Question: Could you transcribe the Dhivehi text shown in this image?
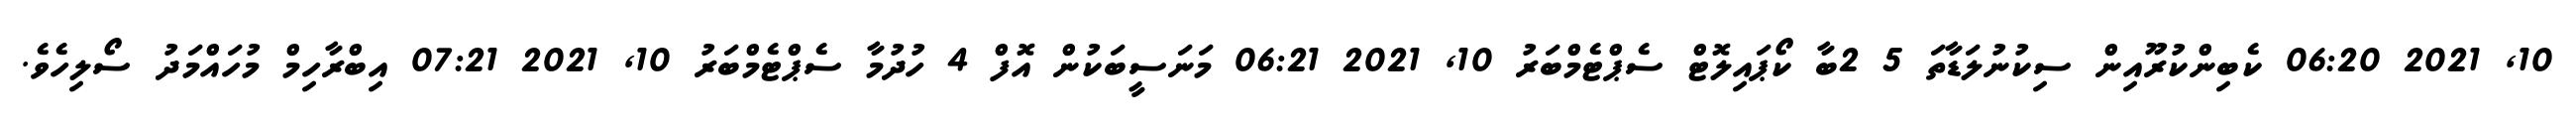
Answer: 10, 2021 06:20 ކެބިންކުރޫއިން ސިކުނުލަޑާތަ 5 2ބާ ކޯޕައިލޮޓް ސެޕްޓެމްބަރު 10, 2021 06:21 މަނަސީބަކުން އޮފް 4 ހުދުމާ ސެޕްޓެމްބަރު 10, 2021 07:21 އިބްރާހިމް މުހައްމަދު ސޯލިހެވެ.